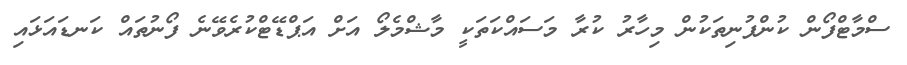
ސްމާޓްފޯން ކުންފުނިތަކުން މިހާރު ކުރާ މަސައްކަތަކީ މާޝްމެލޯ އަށް އަޕްޑޭޓްކުރެވޭނެ ފޯނުތައް ކަނޑައަޅައި